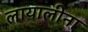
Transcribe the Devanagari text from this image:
लायालीना